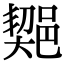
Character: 𨜣